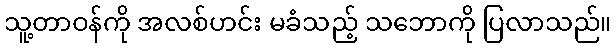
သူ့တာဝန်ကို အလစ်ဟင်း မခံသည့် သဘောကို ပြလာသည်။